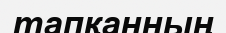
тапқанның